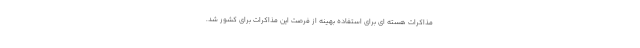
مذاکرات هسته ای برای استفاده بهینه از فرصت این مذاکرات برای کشور شد.